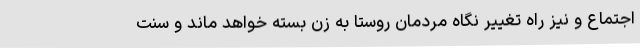
اجتماع و نیز راه تغییر نگاه مردمان روستا به زن بسته خواهد ماند و سنت